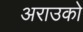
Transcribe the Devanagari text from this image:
अराउको